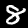
Label: 8